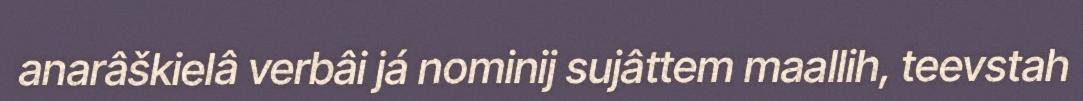
anarâškielâ verbâi já nominij sujâttem maallih, teevstah